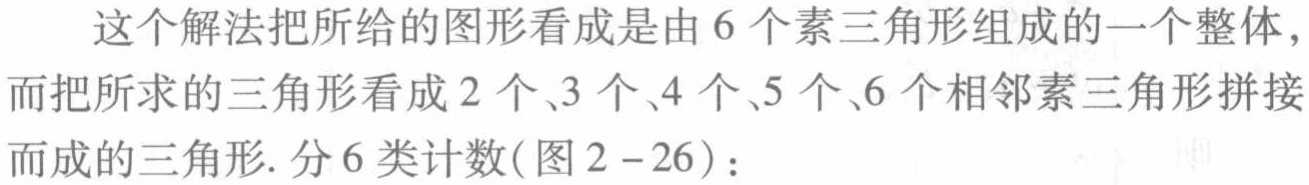
这个解法把所给的图形看成是由 6 个素三角形组成的一个整体，而把所求的三角形看成 2 个、3 个、4 个、5 个、6 个相邻素三角形拼接而成的三角形. 分 6 类计数(图 2 - 26)：